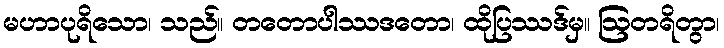
မဟာပုရိသော၊ သည်။ တတောပါဿဒတော၊ ထိုပြဿဒ်မှ။ ဩတရိတွာ၊